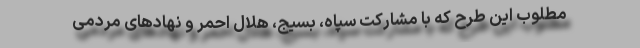
مطلوب این طرح که با مشارکت سپاه، بسیج، هلال احمر و نهادهای مردمی